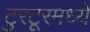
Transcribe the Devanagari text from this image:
टुरटूरमध्ये